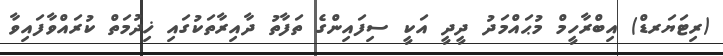
(ރިޓަޔަރޑް) އިބްރާހީމް މުޙައްމަދު ދީދީ އަކީ ސިފައިންގެ ތަފާތު ދާއިރާތަކުގައި ޚިދުމަތް ކުރައްވާފައިވާ